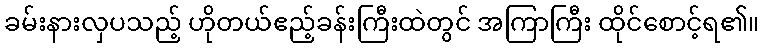
ခမ်းနားလှပသည့် ဟိုတယ်ဧည့်ခန်းကြီးထဲတွင် အကြာကြီး ထိုင်စောင့်ရ၏။